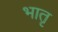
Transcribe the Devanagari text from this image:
भातृ